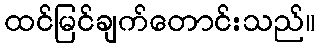
ထင်မြင်ချက်တောင်းသည်။